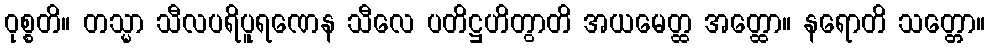
ဝုစ္စတိ။ တသ္မာ သီလပရိပူရဏေန သီလေ ပတိဋ္ဌဟိတွာတိ အယမေတ္ထ အတ္ထော။ နရောတိ သတ္တော။